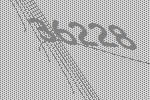
36228